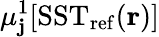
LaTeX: \mu_{\mathbf{j}}^{1}[\mathrm{{SST}}_{\mathrm{{ref}}}(\mathbf{{r}})]